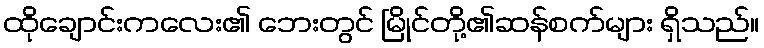
ထိုချောင်းကလေး၏ ဘေးတွင် မြိုင်တို့၏ဆန်စက်များ ရှိသည်။